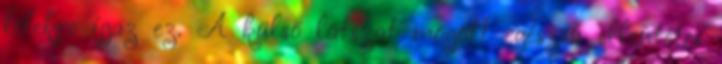
lélekre igaz ez. A külső látszat mögött egészen ellentétes